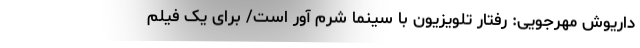
داریوش مهرجویی: رفتار تلویزیون با سینما شرم آور است/ برای یک فیلم